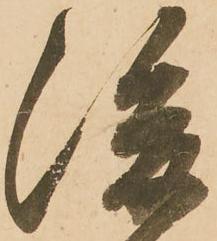
後